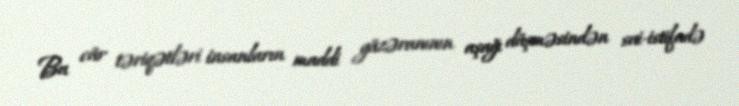
Bu cür təriqətləri insanların maddi güzəranının aşağı düşməsindən sui-istifadə